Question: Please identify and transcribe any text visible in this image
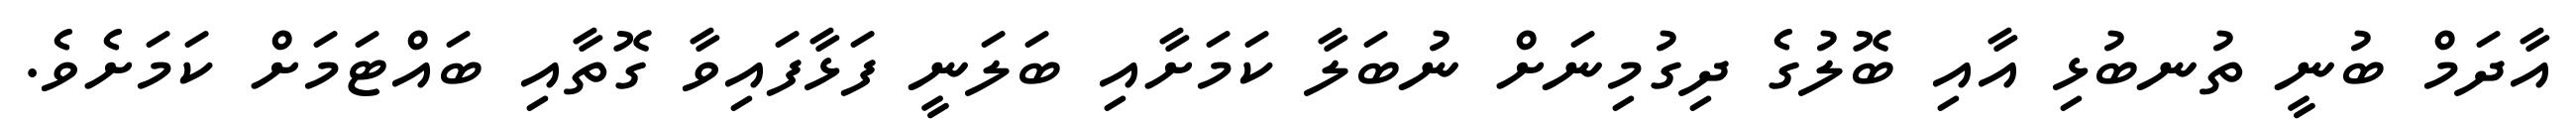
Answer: އާދަމް ބުނީ ތުނބުޅި އާއި ބޮލުގެ ދިގުމިނަށް ނުބަލާ ކަމަށާއި ބަލަނީ ފަޅާފައިވާ ގޮތާއި ބައްޓަމަށް ކަމަށެވެ.